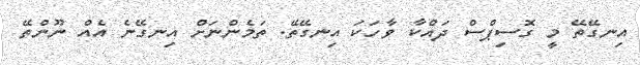
އިނގޭތޭ މީ ގޮސިޕްްސް ދައްކާ ވާހަކަ އިނގޭތޭ. ތަމެންނަށް އިނގޭނެ އެއް ނޫންތޭ